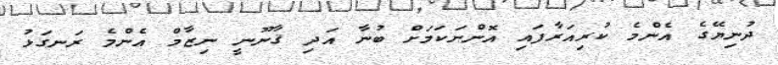
ދުނިޔޭގެ އެންމެ ކުރިއަރާފައި އޮންނަކަމަށް ބުނާ އަދި ޤާނޫނީ ނިޒާމް އެންމެ ރަނގަޅު